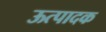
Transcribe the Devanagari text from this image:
ऊत्पादक